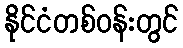
နိုင်ငံတစ်ဝန်းတွင်